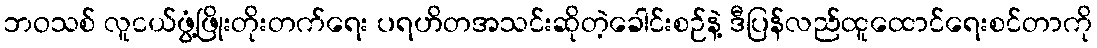
ဘဝသစ် လူငယ်ဖွံ့ဖြိုးတိုးတက်ရေး ပရဟိတအသင်းဆိုတဲ့ခေါင်းစဉ်နဲ့ ဒီပြန်လည်ထူထောင်ရေးစင်တာကို